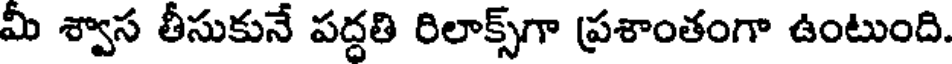
మీ శ్వాస తీసుకునే పద్దతి రిలాక్స్గా ప్రశాంతంగా ఉంటుంది.